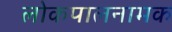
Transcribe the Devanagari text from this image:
लोकपालनामक